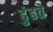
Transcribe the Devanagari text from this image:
ढुंढते